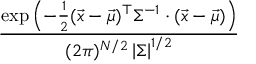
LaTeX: \frac { \exp \left( - { \frac { 1 } { 2 } } ( { \vec { x } } - { \vec { \mu } } ) ^ { \top } \Sigma ^ { - 1 } \cdot ( { \vec { x } } - { \vec { \mu } } ) \right) } { ( 2 \pi ) ^ { N / 2 } \left| \Sigma \right| ^ { 1 / 2 } }